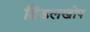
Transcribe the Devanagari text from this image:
दिंडलखोप